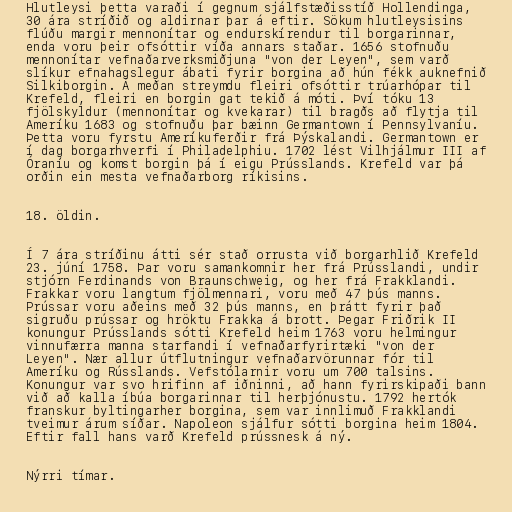
Hlutleysi þetta varaði í gegnum sjálfstæðisstíð Hollendinga,
30 ára stríðið og aldirnar þar á eftir. Sökum hlutleysisins
flúðu margir mennonítar og endurskírendur til borgarinnar,
enda voru þeir ofsóttir víða annars staðar. 1656 stofnuðu
mennonítar vefnaðarverksmiðjuna "von der Leyen", sem varð
slíkur efnahagslegur ábati fyrir borgina að hún fékk auknefnið
Silkiborgin. Á meðan streymdu fleiri ofsóttir trúarhópar til
Krefeld, fleiri en borgin gat tekið á móti. Því tóku 13
fjölskyldur (mennonítar og kvekarar) til bragðs að flytja til
Ameríku 1683 og stofnuðu þar bæinn Germantown í Pennsylvaníu.
Þetta voru fyrstu Ameríkuferðir frá Þýskalandi. Germantown er
í dag borgarhverfi í Philadelphiu. 1702 lést Vilhjálmur III af
Óraníu og komst borgin þá í eigu Prússlands. Krefeld var þá
orðin ein mesta vefnaðarborg ríkisins.

18. öldin.

Í 7 ára stríðinu átti sér stað orrusta við borgarhlið Krefeld
23. júní 1758. Þar voru samankomnir her frá Prússlandi, undir
stjórn Ferdinands von Braunschweig, og her frá Frakklandi.
Frakkar voru langtum fjölmennari, voru með 47 þús manns.
Prússar voru aðeins með 32 þús manns, en þrátt fyrir það
sigruðu prússar og hröktu Frakka á brott. Þegar Friðrik II
konungur Prússlands sótti Krefeld heim 1763 voru helmingur
vinnufærra manna starfandi í vefnaðarfyrirtæki "von der
Leyen". Nær allur útflutningur vefnaðarvörunnar fór til
Ameríku og Rússlands. Vefstólarnir voru um 700 talsins.
Konungur var svo hrifinn af iðninni, að hann fyrirskipaði bann
við að kalla íbúa borgarinnar til herþjónustu. 1792 hertók
franskur byltingarher borgina, sem var innlimuð Frakklandi
tveimur árum síðar. Napoleon sjálfur sótti borgina heim 1804.
Eftir fall hans varð Krefeld prússnesk á ný.

Nýrri tímar.